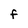
Character: F